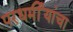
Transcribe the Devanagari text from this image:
परधर्मीयांचा